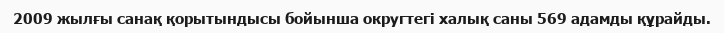
2009 жылғы санақ қорытындысы бойынша округтегі халық саны 569 адамды құрайды.